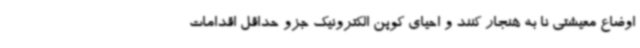
اوضاع معیشتی نا به هنجار کنند و احیای کوپن الکترونیک جزو حداقل اقدامات